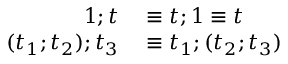
\begin{array} { r l } { 1 ; t } & { { } \equiv t ; 1 \equiv t } \\ { ( t _ { 1 } ; t _ { 2 } ) ; t _ { 3 } } & { { } \equiv t _ { 1 } ; ( t _ { 2 } ; t _ { 3 } ) } \end{array}